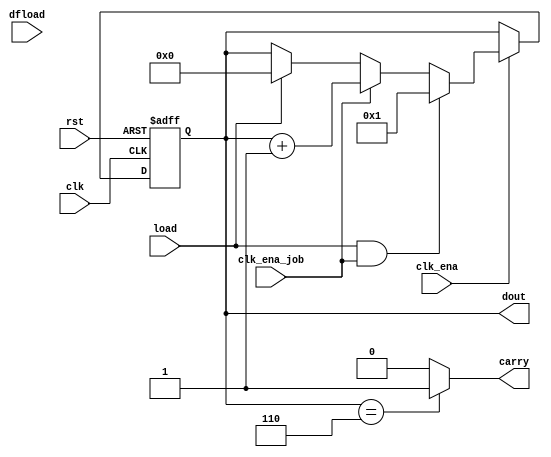
module counter_load_out_collaps_free(
  clk, rst, clk_ena,
  clk_ena_job,  
  load,  
  carry,  
  dfload,  
  dout  
);
  parameter MOD_COUNT = 7;
  parameter WIDTH = 8;
  input clk, rst, clk_ena;
  input clk_ena_job;
  input load;
  input[WIDTH-1:0] dfload;
  output carry;
    reg carry_tmp;
  assign carry = carry_tmp;
  wire loco = load & clk_ena_job;  
  reg [WIDTH-1:0] count;  
  output [WIDTH-1:0] dout;  
  always @(posedge clk or posedge rst) begin
    if(rst)
      count <= 0;
    else if(clk_ena) begin
    if(load)  
        count <= 0;
    if(clk_ena_job)
        count <= count+1;
    if(load & clk_ena_job)  
        count <= 1;  
    end
  end
  always @(count) begin 
    if(count == MOD_COUNT-1)
      carry_tmp = 'b1;
    else 
      carry_tmp = 'b0;  
  end
  assign dout = count;
endmodule